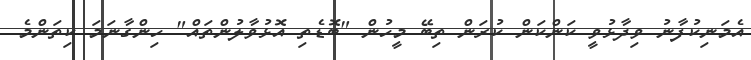
އެމަނިކުފާނު ވިދާޅުވީ ކަންކަން ކުރަން ތިބޭ މީހުން "ބޮޑެތި އޮޅުވާލުންތައް" ހިންގާނަމަ ކިތަންމެ